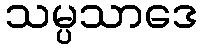
သမ္ပသာဒေ